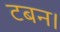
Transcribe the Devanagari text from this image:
टबन।